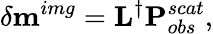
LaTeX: \delta\textbf{m}^{img}=\textbf{L}^{\dagger}\textbf{P}_{obs}^{scat},